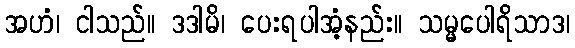
အဟံ၊ ငါသည်။ ဒဒါမိ၊ ပေးရပါအံ့နည်း။ သမ္မပေါရိသာဒ၊